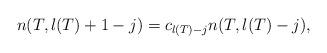
LaTeX: \begin{align*} n(T, l(T) + 1 - j) = c_{l(T) - j} n(T, l(T) - j) , \end{align*}